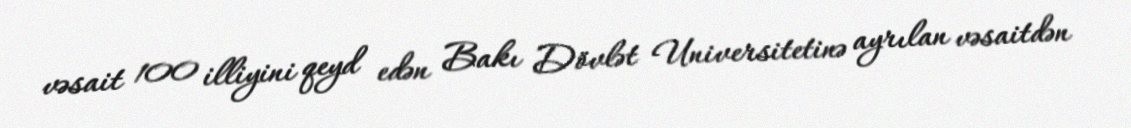
vəsait 100 illiyini qeyd edən Bakı Dövlət Universitetinə ayrılan vəsaitdən